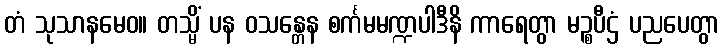
တံ သုသာနမေဝ။ တသ္မိံ ပန ဝသန္တေန စင်္ကမမဏ္ဍပါဒီနိ ကာရေတွာ မဉ္စပီဌံ ပညပေတွာ